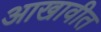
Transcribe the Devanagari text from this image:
आखावीत